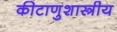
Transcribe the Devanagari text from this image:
कीटाणुशास्त्रीय